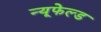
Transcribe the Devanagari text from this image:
न्यूफेल्ड